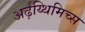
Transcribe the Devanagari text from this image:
अर्ढ़य्थिमिच्स